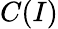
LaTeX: C(I)